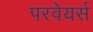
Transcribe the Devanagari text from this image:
परवेयर्स